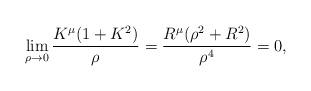
LaTeX: \begin{align*} \lim_{\rho\to0}\frac{K^{\mu}(1+K^{2})}{\rho}=\frac{R^{\mu}(\rho^{2}+R^{2})}{\rho^{4}}=0,\end{align*}